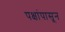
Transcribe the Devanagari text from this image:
पक्षांपासून